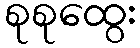
စုစုထွေး